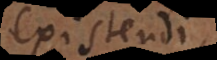
existendi,